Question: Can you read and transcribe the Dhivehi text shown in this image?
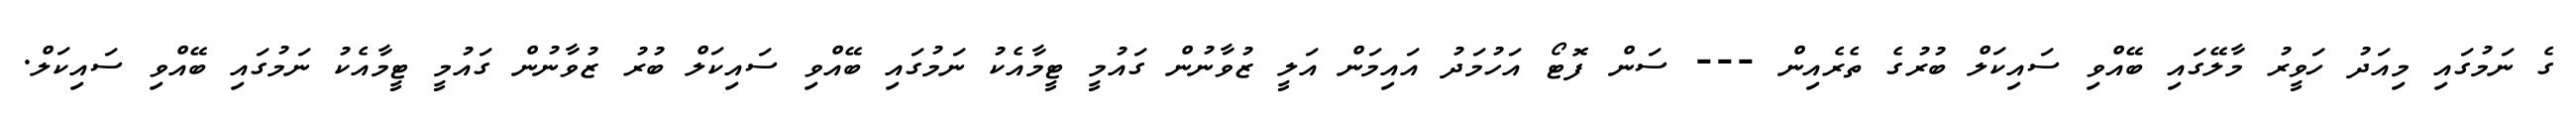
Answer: ގެ ނަމުގައި މިއަދު ހަވީރު މާލޭގައި ބޭއްވި ސައިކަލް ބުރުގެ ތެރެއިން --- ސަން ފޮޓޯ އަހުމަދު އައިމަން އަލީ ޒުވާނުން ގައުމީ ޓީމާއެކު ނަމުގައި ބޭއްވި ސައިކަލް ބުރު ޒުވާނުން ގައުމީ ޓީމާއެކު ނަމުގައި ބޭއްވި ސައިކަލް.